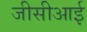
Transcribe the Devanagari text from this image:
जीसीआई